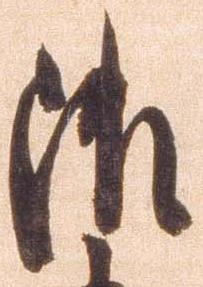
御